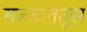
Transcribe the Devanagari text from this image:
मज्जातंतूस